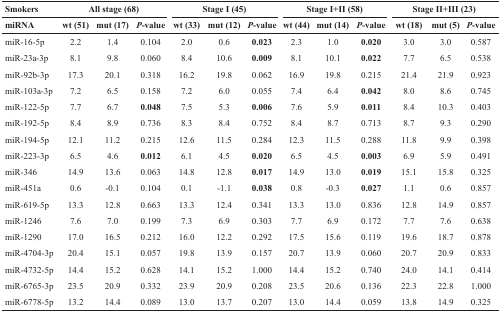
<table><thead><tr><td><b>Smokers</b></td><td colspan="3"><b>All stage (68)</b></td><td colspan="3"><b>Stage I (45)</b></td><td colspan="3"><b>Stage I+II (58)</b></td><td colspan="3"><b>Stage II+III (23)</b></td></tr><tr><td><b>miRNA</b></td><td><b>wt (51)</b></td><td><b>mut (17)</b></td><td><b><i>P</i>-value</b></td><td><b>wt (33)</b></td><td><b>mut (12)</b></td><td><b><i>P</i>-value</b></td><td><b>wt (44)</b></td><td><b>mut (14)</b></td><td><b><i>P</i>-value</b></td><td><b>wt (18)</b></td><td><b>mut (5)</b></td><td><b><i>P</i>-value</b></td></tr></thead><tbody><tr><td>miR-16-5p</td><td>2.2</td><td>1.4</td><td>0.104</td><td>2.0</td><td>0.6</td><td><b>0.023</b></td><td>2.3</td><td>1.0</td><td><b>0.020</b></td><td>3.0</td><td>3.0</td><td>0.587</td></tr><tr><td>miR-23a-3p</td><td>8.1</td><td>9.8</td><td>0.060</td><td>8.4</td><td>10.6</td><td><b>0.009</b></td><td>8.1</td><td>10.1</td><td><b>0.022</b></td><td>7.7</td><td>6.5</td><td>0.538</td></tr><tr><td>miR-92b-3p</td><td>17.3</td><td>20.1</td><td>0.318</td><td>16.2</td><td>19.8</td><td>0.062</td><td>16.9</td><td>19.8</td><td>0.215</td><td>21.4</td><td>21.9</td><td>0.923</td></tr><tr><td>miR-103a-3p</td><td>7.2</td><td>6.5</td><td>0.158</td><td>7.2</td><td>6.0</td><td>0.055</td><td>7.4</td><td>6.4</td><td><b>0.042</b></td><td>8.0</td><td>8.6</td><td>0.745</td></tr><tr><td>miR-122-5p</td><td>7.7</td><td>6.7</td><td><b>0.048</b></td><td>7.5</td><td>5.3</td><td><b>0.006</b></td><td>7.6</td><td>5.9</td><td><b>0.011</b></td><td>8.4</td><td>10.3</td><td>0.403</td></tr><tr><td>miR-192-5p</td><td>8.4</td><td>8.9</td><td>0.736</td><td>8.3</td><td>8.4</td><td>0.752</td><td>8.4</td><td>8.7</td><td>0.713</td><td>8.7</td><td>9.3</td><td>0.290</td></tr><tr><td>miR-194-5p</td><td>12.1</td><td>11.2</td><td>0.215</td><td>12.6</td><td>11.5</td><td>0.284</td><td>12.3</td><td>11.5</td><td>0.288</td><td>11.8</td><td>9.9</td><td>0.398</td></tr><tr><td>miR-223-3p</td><td>6.5</td><td>4.6</td><td><b>0.012</b></td><td>6.1</td><td>4.5</td><td><b>0.020</b></td><td>6.5</td><td>4.5</td><td><b>0.003</b></td><td>6.9</td><td>5.9</td><td>0.491</td></tr><tr><td>miR-346</td><td>14.9</td><td>13.6</td><td>0.063</td><td>14.8</td><td>12.8</td><td><b>0.017</b></td><td>14.9</td><td>13.0</td><td><b>0.019</b></td><td>15.1</td><td>15.8</td><td>0.325</td></tr><tr><td>miR-451a</td><td>0.6</td><td>−0.1</td><td>0.104</td><td>0.1</td><td>−1.1</td><td><b>0.038</b></td><td>0.8</td><td>−0.3</td><td><b>0.027</b></td><td>1.1</td><td>0.6</td><td>0.857</td></tr><tr><td>miR-619-5p</td><td>13.3</td><td>12.8</td><td>0.663</td><td>13.3</td><td>12.4</td><td>0.341</td><td>13.3</td><td>13.0</td><td>0.836</td><td>12.8</td><td>14.9</td><td>0.857</td></tr><tr><td>miR-1246</td><td>7.6</td><td>7.0</td><td>0.199</td><td>7.3</td><td>6.9</td><td>0.303</td><td>7.7</td><td>6.9</td><td>0.172</td><td>7.7</td><td>7.6</td><td>0.638</td></tr><tr><td>miR-1290</td><td>17.0</td><td>16.5</td><td>0.212</td><td>16.0</td><td>12.2</td><td>0.292</td><td>17.5</td><td>15.6</td><td>0.119</td><td>19.6</td><td>18.7</td><td>0.878</td></tr><tr><td>miR-4704-3p</td><td>20.4</td><td>15.1</td><td>0.057</td><td>19.8</td><td>13.9</td><td>0.157</td><td>20.7</td><td>13.9</td><td>0.060</td><td>20.7</td><td>20.9</td><td>0.833</td></tr><tr><td>miR-4732-5p</td><td>14.4</td><td>15.2</td><td>0.628</td><td>14.1</td><td>15.2</td><td>1.000</td><td>14.4</td><td>15.2</td><td>0.740</td><td>24.0</td><td>14.1</td><td>0.414</td></tr><tr><td>miR-6765-3p</td><td>23.5</td><td>20.9</td><td>0.332</td><td>23.9</td><td>20.9</td><td>0.208</td><td>23.5</td><td>20.6</td><td>0.136</td><td>22.3</td><td>22.8</td><td>1.000</td></tr><tr><td>miR-6778-5p</td><td>13.2</td><td>14.4</td><td>0.089</td><td>13.0</td><td>13.7</td><td>0.207</td><td>13.0</td><td>14.4</td><td>0.059</td><td>13.8</td><td>14.9</td><td>0.325</td></tr></tbody></table>